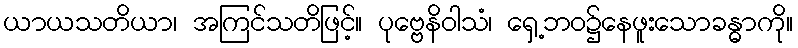
ယာယသတိယာ၊ အကြင်သတိဖြင့်။ ပုဗ္ဗေနိဝါသံ၊ ရှေ့ဘဝ၌နေဖူးသောခန္ဓာကို။